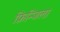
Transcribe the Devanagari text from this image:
फ्रिन्जिला